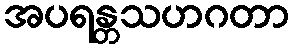
အပရန္တသဟဂတာ